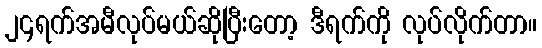
၂၄ရက်အမီလုပ်မယ်ဆိုပြီးတော့ ဒီရက်ကို လုပ်လိုက်တာ။